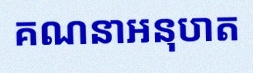
គណនាអនុបាត